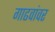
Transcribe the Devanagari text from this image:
गाढवांवर